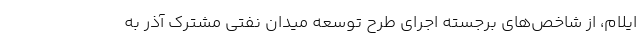
ایلام، از شاخص‌های برجسته اجرای طرح توسعه میدان نفتی مشترک آذر به